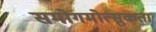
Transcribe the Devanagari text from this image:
समोगमोत्सुकता